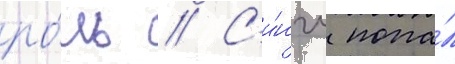
ро́ль // С'и́нгл попа́л